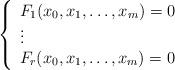
LaTeX: \begin{align*}\left\{ \begin{array}{l} F_1(x_0, x_1, \dots , x_m) = 0 \\\vdots \\F_r(x_0, x_1, \dots , x_m) = 0 \end{array} \right.\end{align*}